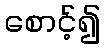
စောင့်၍